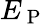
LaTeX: E_{\mathrm{~P~}}